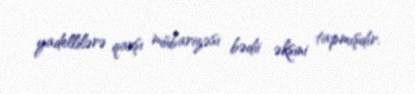
yadellilərə qarşı mübarizəsi bədii əksini tapmışdır.